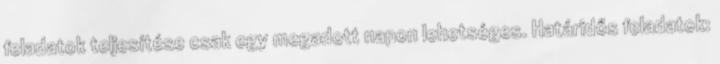
feladatok teljesítése csak egy megadott napon lehetséges. Határidős feladatok: